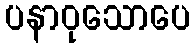
ပနာဝုသောပေ